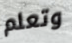
وتعلم